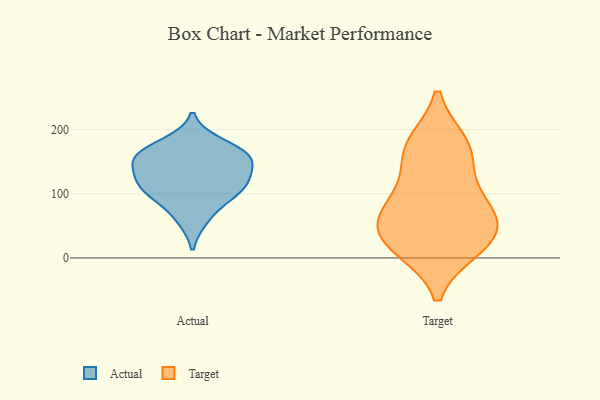
{"axis": {"x": "Temperature (°C)", "y": "Value"}, "legend": ["Actual", "Target"], "data": [{"x": "", "y": 154, "type": "Actual"}, {"x": "", "y": 119, "type": "Actual"}, {"x": "", "y": 92, "type": "Actual"}, {"x": "", "y": 161, "type": "Actual"}, {"x": "", "y": 153, "type": "Actual"}, {"x": "", "y": 114, "type": "Actual"}, {"x": "", "y": 160, "type": "Actual"}, {"x": "", "y": 103, "type": "Actual"}, {"x": "", "y": 60, "type": "Actual"}, {"x": "", "y": 179, "type": "Actual"}, {"x": "", "y": 127, "type": "Actual"}, {"x": "", "y": 68, "type": "Target"}, {"x": "", "y": 176, "type": "Target"}, {"x": "", "y": 61, "type": "Target"}, {"x": "", "y": 111, "type": "Target"}, {"x": "", "y": 47, "type": "Target"}, {"x": "", "y": 15, "type": "Target"}, {"x": "", "y": 158, "type": "Target"}, {"x": "", "y": 178, "type": "Target"}, {"x": "", "y": 26, "type": "Target"}, {"x": "", "y": 80, "type": "Target"}, {"x": "", "y": 17, "type": "Target"}]}